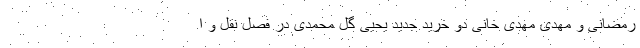
رمضانی و مهدی مهدی خانی دو خرید جدید یحیی گل محمدی در فصل نقل و ا